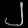
Digit: ၂